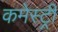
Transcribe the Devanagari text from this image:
कमेस्ट्री